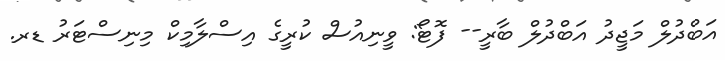
އަބްދުލް މަޖީދު އަބްދުލް ބާރީ-- ފޮޓޯ: ވީނިއުސް ކުރީގެ އިސްލާމިކް މިނިސްޓަރު ޑރ.